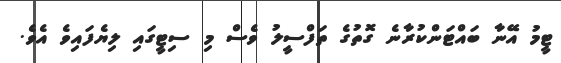
ޓީމު އޭނާ ބައްޓަންކުރާނެ ގޮތުގެ ތަފްސީލު ވެސް މި ސިޓީގައި ލިޔެފައިވެ އެވެ.